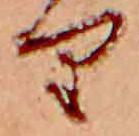
り